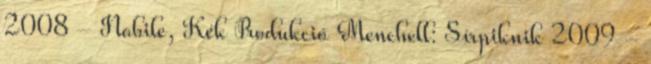
2008 - Nobile, Kék Produkció Menchell: Sírpiknik 2009 -